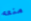
منعه